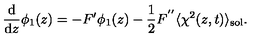
\frac { \mathrm { d } } { \mathrm { d } z } \phi _ { 1 } ( z ) = - F ^ { \prime } \phi _ { 1 } ( z ) - { \frac { 1 } { 2 } } F ^ { ' ^ { \prime } } \langle \chi ^ { 2 } ( z , t ) \rangle _ { \mathrm { s o l } } .